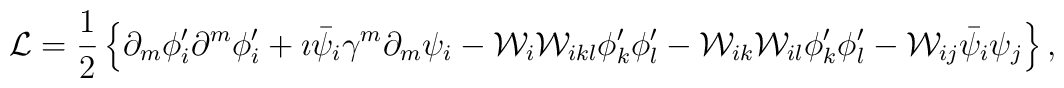
{\cal L} = \frac{1}{2} \left\{ \partial_m \phi_i'\partial^m \phi_i'+ \imath \bar{\psi}_i \gamma^{m} \partial_m \psi_i - {\cal W}_i {\cal W}_{ikl} \phi_k' \phi_l' - {\cal W}_{ik} {\cal W}_{il} \phi_k' \phi_l'- {\cal W}_{ij} \bar{\psi}_i \psi_j \right\},